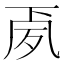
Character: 𭂳